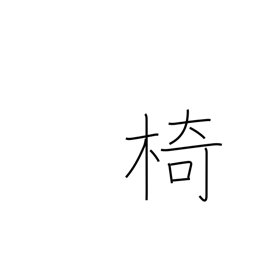
Meaning: chair